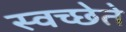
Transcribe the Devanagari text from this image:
स्वच्छेते